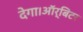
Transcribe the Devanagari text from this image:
देगा।ऑर्बिटर